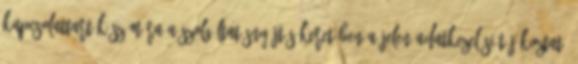
kapcsolattartók számára a szolgáltatásnyújtás keretében a jelen Adatkezelési tájékoztató